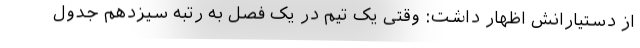
از دستیارانش اظهار داشت: وقتی یک تیم در یک فصل به رتبه سیزدهم جدول